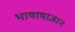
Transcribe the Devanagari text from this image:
भाषाषाज्ञान